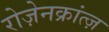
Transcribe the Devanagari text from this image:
रोज़ेनक्रांत्ज़